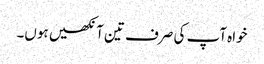
خواہ آپ کی صرف تین آنکھیں ہوں۔